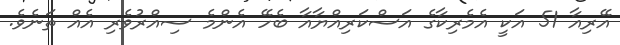
އޭރިއާ 51 އަކީ އެމެރިކާގެ އަސްކަރިއްޔާއާ ބެހޭ އެންމެ ސިއްރުވެރި އެއް ތަނެވެ.